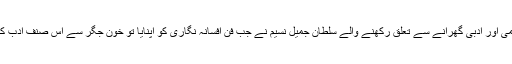
اتنے بڑے علمی اور ادبی گھرانے سے تعلق رکھنے والے سلطان جمیل نسیم نے جب فن افسانہ نگاری کو اپنایا تو خون جگر سے اس صنف ادب کی آبیاری کی۔